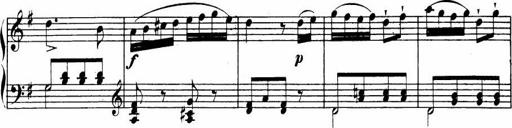
Title: Le bouquetier
Composer: Anton Diabelli
Key: G major
 C major
 F major
 C major